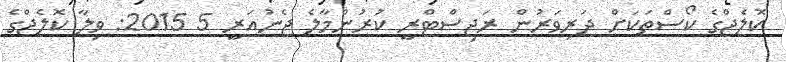
ކޮލެޖްގެ ކޯސްތަކަށް ދަރިވަރުން ރަޖިސްޓްރީ ކުރުންމާލެ ޖެނުއަރީ 5 2015: ވިލާ ކޮލެޖްގެ